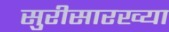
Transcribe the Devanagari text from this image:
सुरीसारख्या